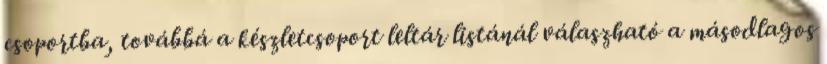
csoportba, továbbá a készletcsoport leltár listánál válaszható a másodlagos